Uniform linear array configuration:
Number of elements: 8
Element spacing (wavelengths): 0.75
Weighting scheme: hann
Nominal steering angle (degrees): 60
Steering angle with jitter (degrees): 58.601
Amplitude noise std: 0.05
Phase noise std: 0.05

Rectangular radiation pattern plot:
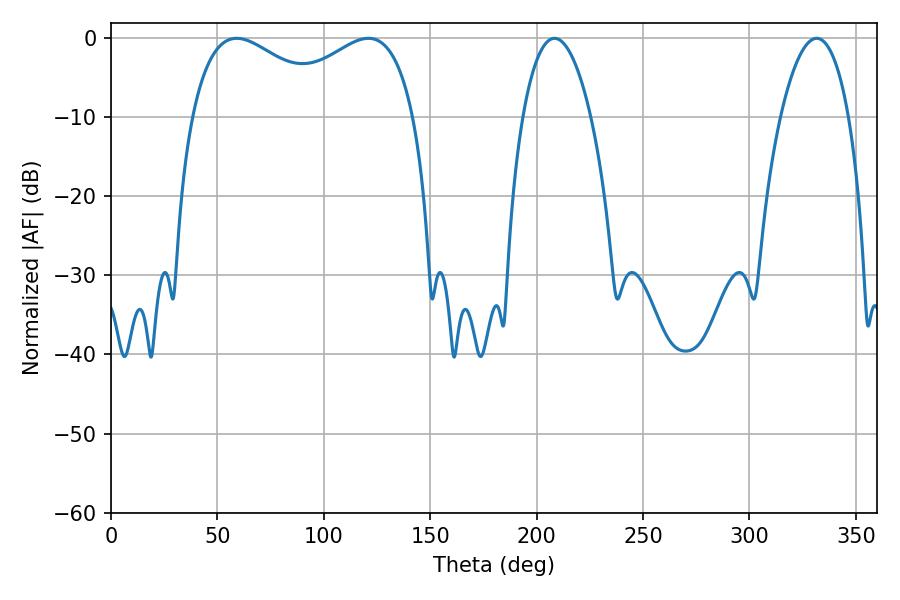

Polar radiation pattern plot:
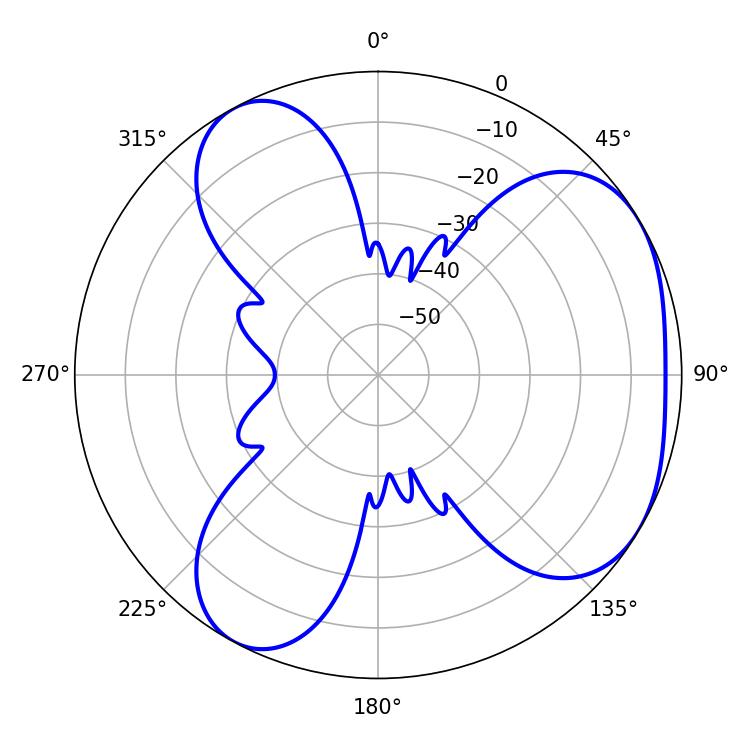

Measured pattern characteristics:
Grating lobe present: TRUE
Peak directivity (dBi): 4.263
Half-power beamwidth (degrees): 38.34
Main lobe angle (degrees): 59.04